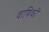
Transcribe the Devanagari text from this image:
वाषिकी